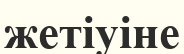
жетіуіне